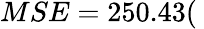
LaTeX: MSE=250.43(\